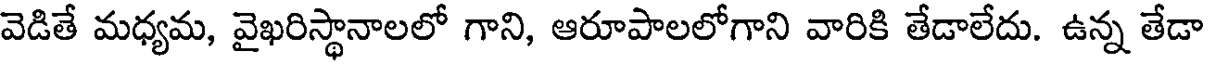
వెడితే మధ్యమ, వైఖరిస్థానాలలో గాని, ఆరూపాలలోగాని వారికి తేడాలేదు. ఉన్న తేడా